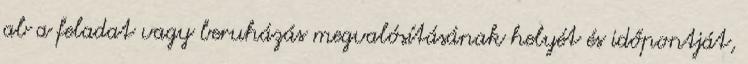
ab a feladat vagy beruházás megvalósításának helyét és időpontját,